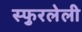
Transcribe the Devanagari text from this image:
स्फुरलेली